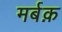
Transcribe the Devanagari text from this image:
मर्बक़